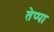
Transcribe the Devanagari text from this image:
तेप्पा